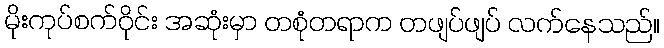
မိုးကုပ်စက်ဝိုင်း အဆုံးမှာ တစုံတရာက တဖျပ်ဖျပ် လက်နေသည်။